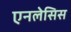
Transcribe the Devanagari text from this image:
एनलेसिस